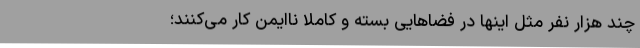
چند هزار نفر مثل اینها در فضاهایی بسته و کاملاً ناایمن کار می‌کنند؛